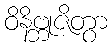
ဝိနိဗ္ဘုဇိတွာ